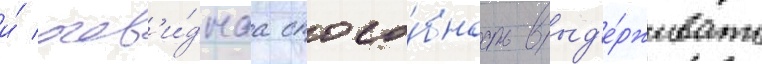
и́ очев'и́днаа спосо́бность выд'е́рживать